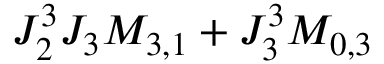
J _ { 2 } ^ { 3 } J _ { 3 } M _ { 3 , 1 } + J _ { 3 } ^ { 3 } M _ { 0 , 3 }